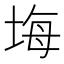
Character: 㙁